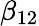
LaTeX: \beta_{12}